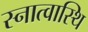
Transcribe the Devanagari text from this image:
स्नात्वास्थि